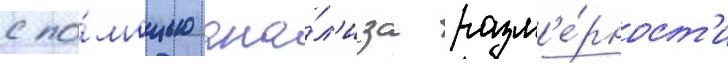
с по́мощью ана́л'иза разм'е́рност'и